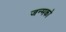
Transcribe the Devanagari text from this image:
जन्मको